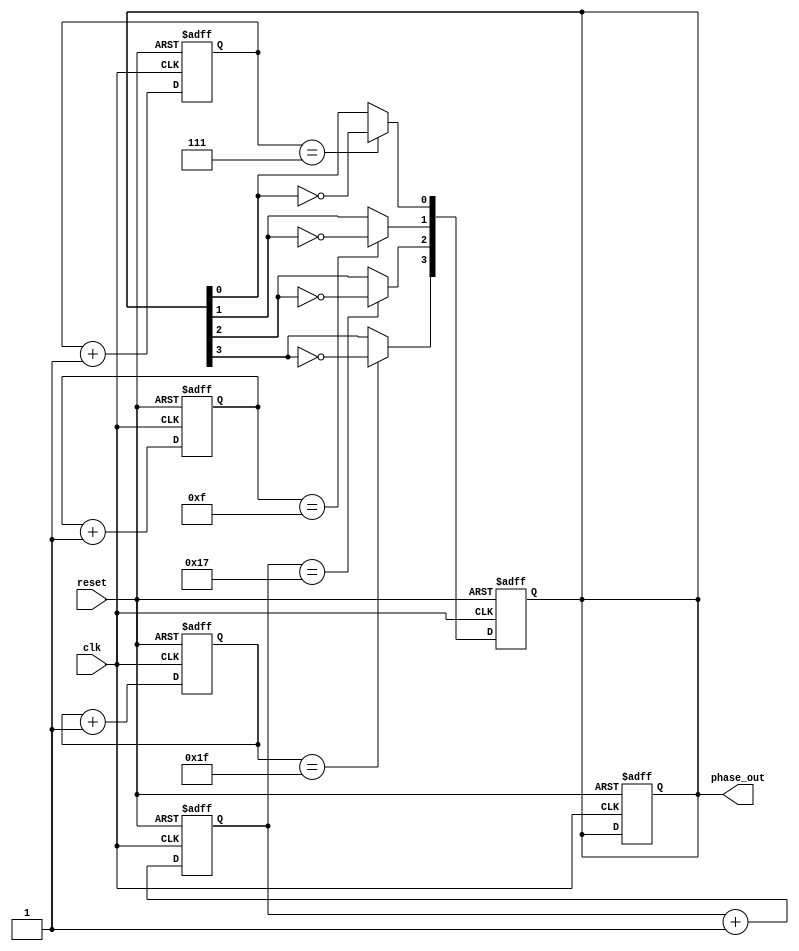
module multi_phase_clock_divider (
  input wire clk, // input clock signal
  input wire reset, // synchronous reset signal
  output wire [3:0] phase_out // 4 phase output signals
);

// Declare 4 flip-flops to store the output signals
reg [3:0] phase_reg;
reg [3:0] next_phase;

// Declare counters for each phase
reg [7:0] cnt_0;
reg [7:0] cnt_1;
reg [7:0] cnt_2;
reg [7:0] cnt_3;

// Synchronization signals for each phase
reg [3:0] sync_pulse;
reg [3:0] sync_cnt;

always @ (posedge clk or posedge reset) begin
  if (reset) begin
    cnt_0 <= 8'b0;
    cnt_1 <= 8'b0;
    cnt_2 <= 8'b0;
    cnt_3 <= 8'b0;
    
    phase_reg <= 4'b0;
  end else begin
    cnt_0 <= cnt_0 + 1;
    cnt_1 <= cnt_1 + 1;
    cnt_2 <= cnt_2 + 1;
    cnt_3 <= cnt_3 + 1;
  end
end

always @ (*) begin
  next_phase[0] = (cnt_0 == 8'd7) ? ~phase_reg[0] : phase_reg[0];
  next_phase[1] = (cnt_1 == 8'd15) ? ~phase_reg[1] : phase_reg[1];
  next_phase[2] = (cnt_2 == 8'd23) ? ~phase_reg[2] : phase_reg[2];
  next_phase[3] = (cnt_3 == 8'd31) ? ~phase_reg[3] : phase_reg[3];
end

always @ (posedge clk or posedge reset) begin
  if (reset) begin
    phase_reg <= 4'b0;
  end else begin
    phase_reg <= next_phase;
  end
end

assign phase_out = phase_reg;

endmodule